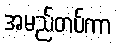
အမည်တပ်ကာ